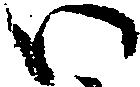
い